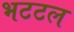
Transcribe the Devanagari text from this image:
भटटल